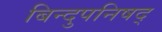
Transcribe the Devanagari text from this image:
बिन्दुपनिषद्